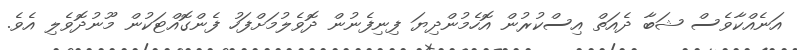
އަނެއްކާވެސް ޝަބާ ދެއަތް އިސްކުރުން އޮހެމުންދިޔަ ފިނިފެނުން ދޮވެލުމަށްފަހު ފެންގޮއްޓަކުން މޫނުދޮވެލި އެވެ.